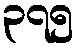
၃၇၅